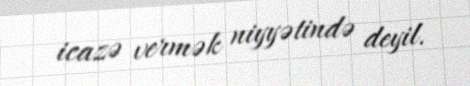
icazə vermək niyyətində deyil.